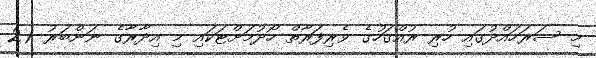
މި ސަރަހައްދުގައި ހުރި ރުއްގަހުގެ ވެރިފަރާތް ހޯދުމަށްޓަކައި މި އިދާރާގެ ނަންބަރު (2